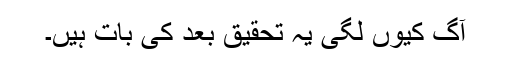
آگ کیوں لگی یہ تحقیق بعد کی بات ہیں۔